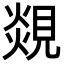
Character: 覢